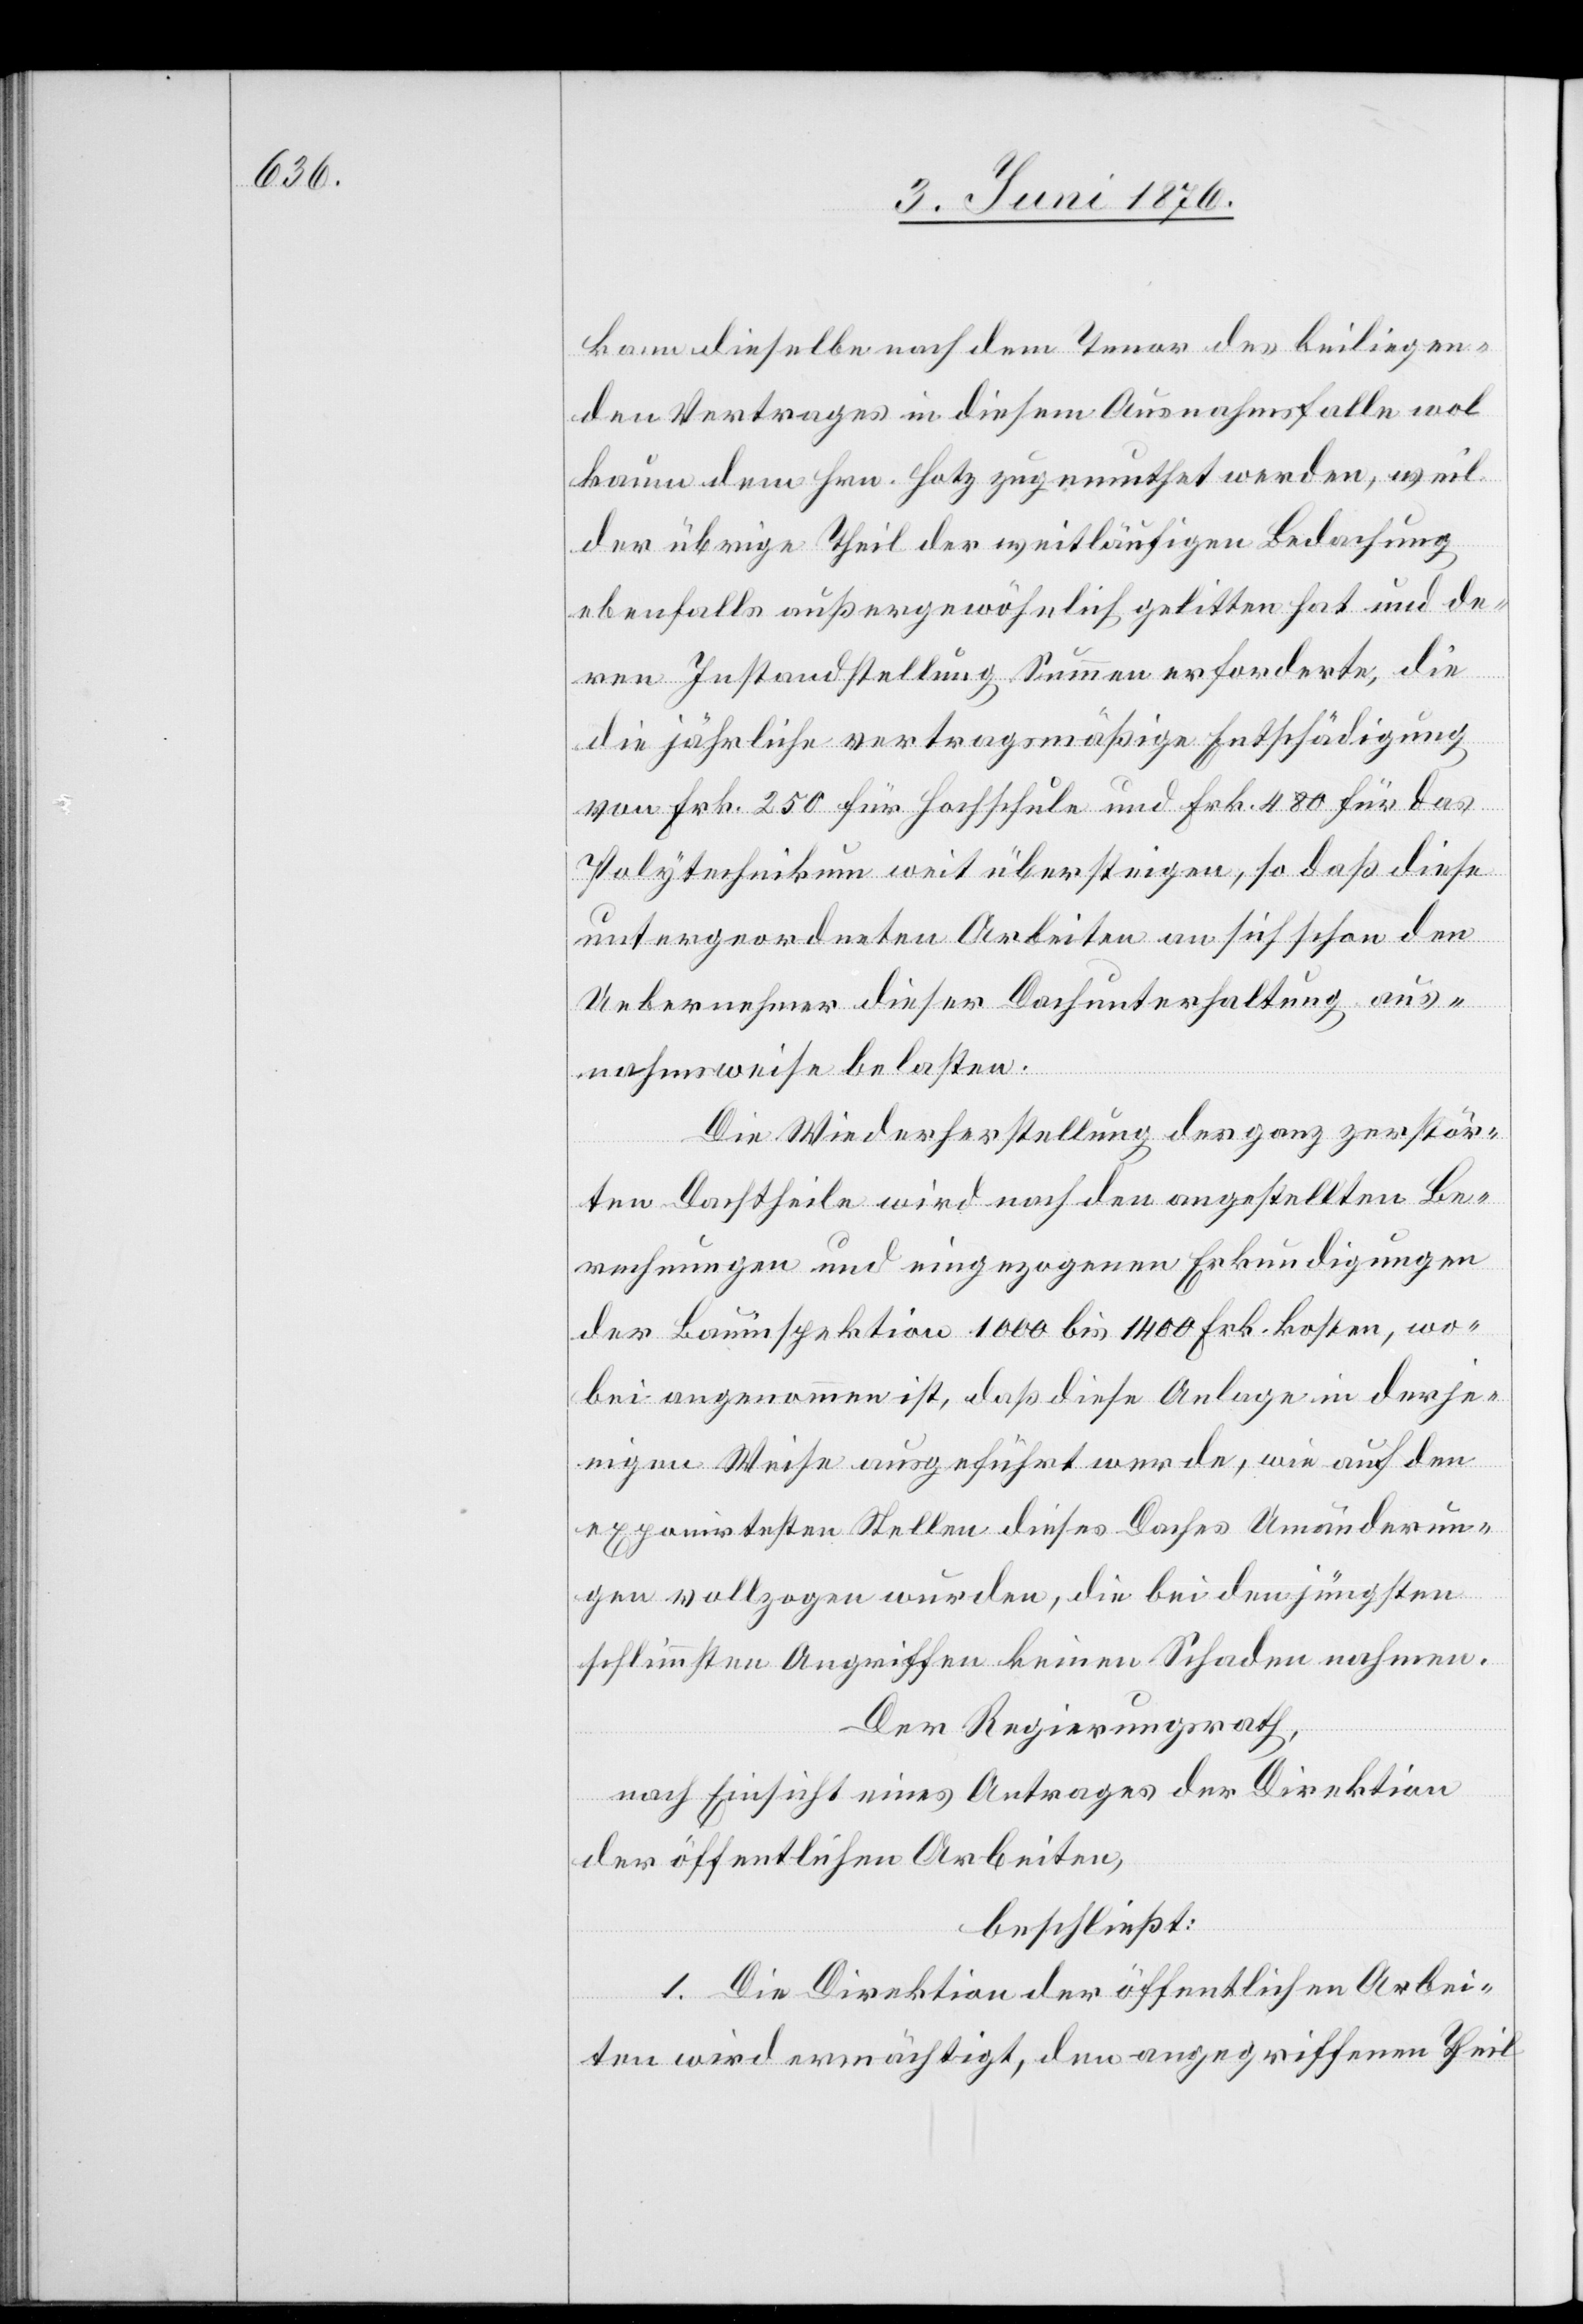
kann dieselbe nach dem Tenor des beiliegen¬
den Vertrages in diesem Ausnahmsfalle wol
kaum dem Hrn. Hotz zugemuthet werden, weil
der übrige Theil der weitläufigen Bedachung
ebenfalls außergewöhnlich gelitten hat und de¬
ren Instandstellung Summen erforderte, die
die jährliche vertragsmäßige Entschädigung
von Frk. 250 für Hochschule und Frk. 480 für das
Polytechnikum weit übersteigen, so daß diese
untergeordneten Arbeiten an sich schon den
Uebernehmer dieser Dachunterhaltung aus¬
nahmsweise belasten.
Die Wiederherstellung der ganz zerstör¬
ten Dachtheile wird nach den angestellten Be¬
rechnungen und eingezogenen Erkundigungen
der Bauinspektion 1000 bis 1400 Frk. kosten, wo¬
bei angenommen ist, daß diese Anlage in derje¬
nigen Weise ausgeführt werde, wie auf den
exponirtesten Stellen dieses Daches Umänderun¬
gen vollzogen wurden, die bei den jüngsten
schlimmsten Angriffen keinen Schaden nehmen.
Der Regierungsrath,
nach Einsicht eines Antrages der Direktion
der öffentlichen Arbeiten,
beschließt:
1. Die Direktion der öffentlichen Arbei¬
ten wird ermächtigt, den angegriffenen Theil